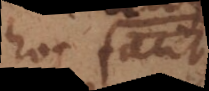
hoc facit,